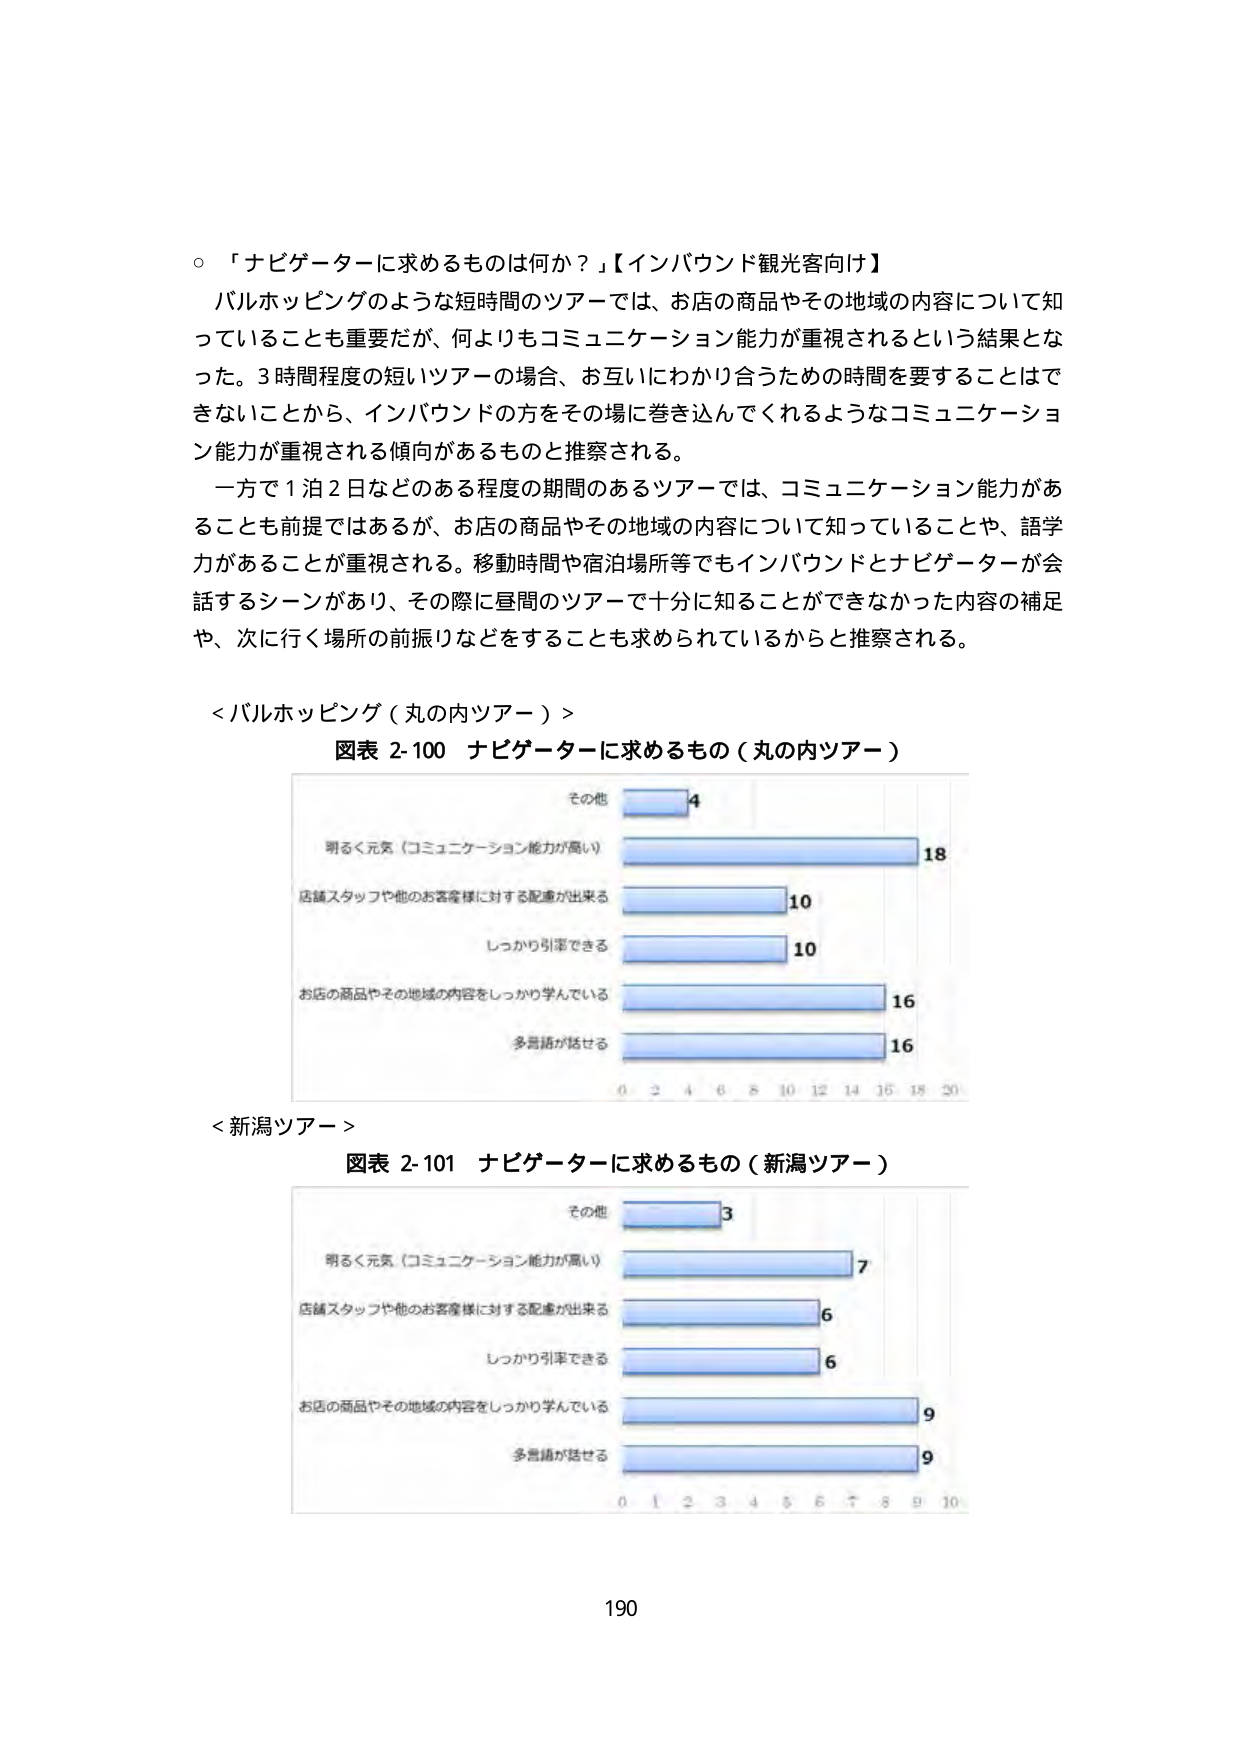
○「ナビゲーターに求めるものは何か？」【インバウンド観光客向け】

バルホッピングのような短時間のツアーでは、お店の商品やその地域の内容について知っていることも重要だが、何よりもコミュニケーション能力が重視されるという結果となった。3時間程度の短いツアーの場合、お互いにわかり合うための時間を要することはできないことから、インバウンドの方をその場に巻き込んでくれるようなコミュニケーション能力が重視される傾向があるものと推察される。

一方で1泊2日などある程度の期間のあるツアーでは、コミュニケーション能力があることも前提ではあるが、お店の商品やその地域の内容について知っていることや、語学力があることが重視される。移動時間や宿泊場所等でもインバウンドとナビゲーターが会話するシーンがあり、その際に昼間のツアーで十分に知ることができなかった内容の補足や、次に行く場所の前振りなどをすることも求められているからと推察される。

＜バルホッピング（丸の内ツアー）＞
図表 2-100 ナビゲーターに求めるもの（丸の内ツアー）

その他 4
明るく元気（コミュニケーション能力が高い） 18
店舗スタッフや他のお客様に対する配慮が出来る 10
しっかり引率できる 10
お店の商品やその地域の内容をしっかり学んでいる 16
多言語が話せる 16

＜新潟ツアー＞
図表 2-101 ナビゲーターに求めるもの（新潟ツアー）

その他 3
明るく元気（コミュニケーション能力が高い） 7
店舗スタッフや他のお客様に対する配慮が出来る 6
しっかり引率できる 6
お店の商品やその地域の内容をしっかり学んでいる 9
多言語が話せる 9

190